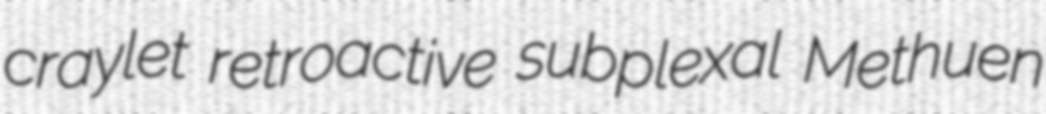
craylet retroactive subplexal Methuen